Source: Handwritten
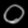
Digit: ၀ (0)